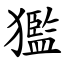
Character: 㺝